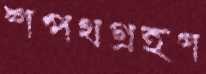
শপথগ্রহণ